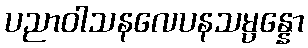
ပညာဝါသနလေပနသမ္ပန္နော